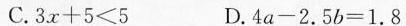
C.$$3 x + 5 5 ＜ 5$$ D.$$4 a - 2 . 5 b = 1 . 8$$